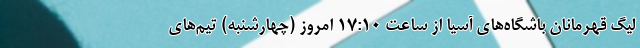
لیگ قهرمانان باشگاه‌های آسیا از ساعت 17:10 امروز (چهارشنبه) تیم‌های